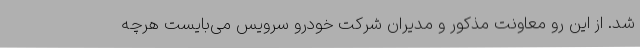
شد. از این رو معاونت مذکور و مدیران شرکت خودرو سرویس می‌بایست هرچه